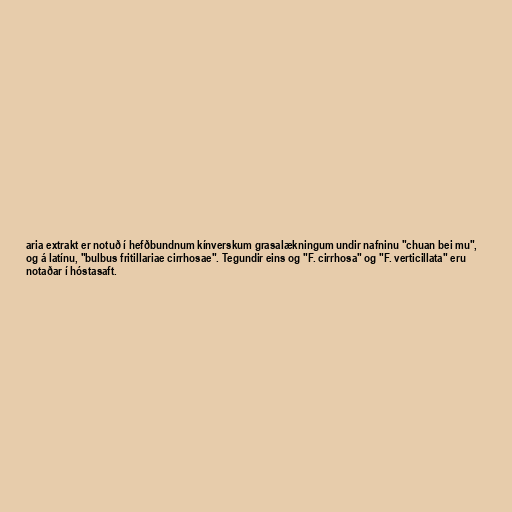
aria extrakt er notuð í hefðbundnum kínverskum grasalækningum undir nafninu "chuan bei mu",
og á latínu, "bulbus fritillariae cirrhosae". Tegundir eins og "F. cirrhosa" og "F. verticillata" eru
notaðar í hóstasaft.